Civil Veterinary Dept. Bombay admin report 1900-1906 - 1900-1906
Year: 1900
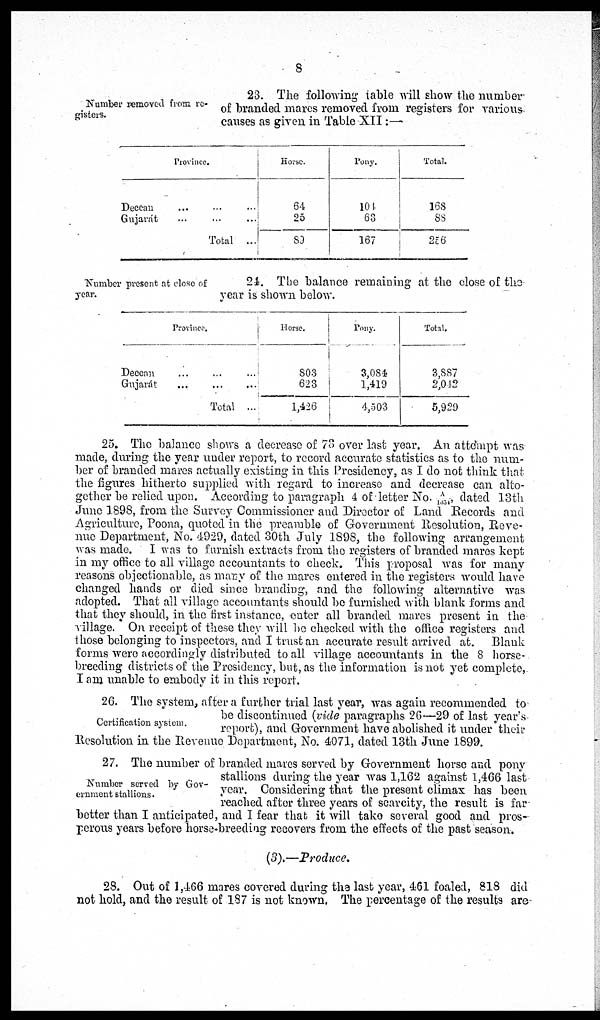
8
Number removed from re-
gisters.
23. The following table will show the number
of branded mares removed from registers for various
causes as given in Table XII:—
Province.
Deccan ... ... ...
Gujarat ... ... ...
Total ...
Horse.
64
25
89
Pony.
---
63
167
Total.
168
88
256
Number present at close of
year.
24. The balance remaining at the close of the
year is shown below.
Province.
Deccan ... ... ...
Gujarat ... ... ...
Total ...
Horse.
803
623
1,426
Pony.
3,084
1,419
4,503
Total.
3,887
2,042
5,929
25. The balance shows a decrease of 73 over last year. An attempt was
made, during the year under report, to record accurate statistics as to the num-
ber of branded mares actually existing in this Presidency, as I do not think that
the figures hitherto supplied with regard to increase and decrease can alto-
gether be relied upon. According to paragraph 4 of letter No. A/1654, dated 13th
June 1898, from the Survey Commissioner and Director of Land Records and
Agriculture, Poona, quoted in the preamble of Government Resolution, Reve-
nue Department, No. 4929, dated 30th July 1898, the following arrangement
was made. I was to furnish extracts from the registers of branded mares kept
in my office to all village accountants to check. This proposal was for many
reasons objectionable, as many of the mares entered in the registers would have
changed hands or died since branding, and the following alternative was
adopted. That all village accountants should be furnished with blank forms and
that they should, in the first instance, enter all branded mares present in the
village. On receipt of these they will be checked with the office registers and
those belonging to inspectors, and I trust an accurate result arrived at. Blank
forms were accordingly distributed to all village accountants in the 8 horse-
breeding districts of the Presidency, but, as the information is not yet complete,
I am unable to embody it in this report.
Certification system.
26. The system, after a further trial last year, was again recommended to
be discontinued (vide paragraphs 26—29 of last year's
report), and Government have abolished it under their
Resolution in the Revenue Department, No. 4071, dated 13th June 1899.
Number served by Gov-
ernment stallions.
27. The number of branded mares served by Government horse and pony
stallions during the year was 1,162 against 1,466 last
year. Considering that the present climax has been
reached after three years of scarcity, the result is far
better than I anticipated, and I fear that it will take several good and pros-
perous years before horse-breeding recovers from the effects of the past season.
(3).—Produce.
28. Out of 1,466 mares covered during the last year, 461 foaled, 818 did
not hold, and the result of 187 is not known. The percentage of the results are